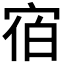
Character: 𪧐